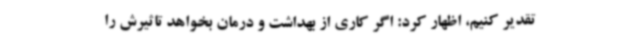
تقدیر کنیم، اظهار کرد: اگر کاری از بهداشت و درمان بخواهد تاثیرش را